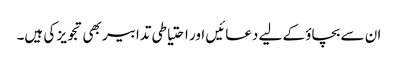
ان سے بچاؤ کے لیے دعائیں اور احتیاطی تدابیر بھی تجویز کی ہیں۔